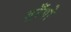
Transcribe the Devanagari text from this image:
ड्राँगो